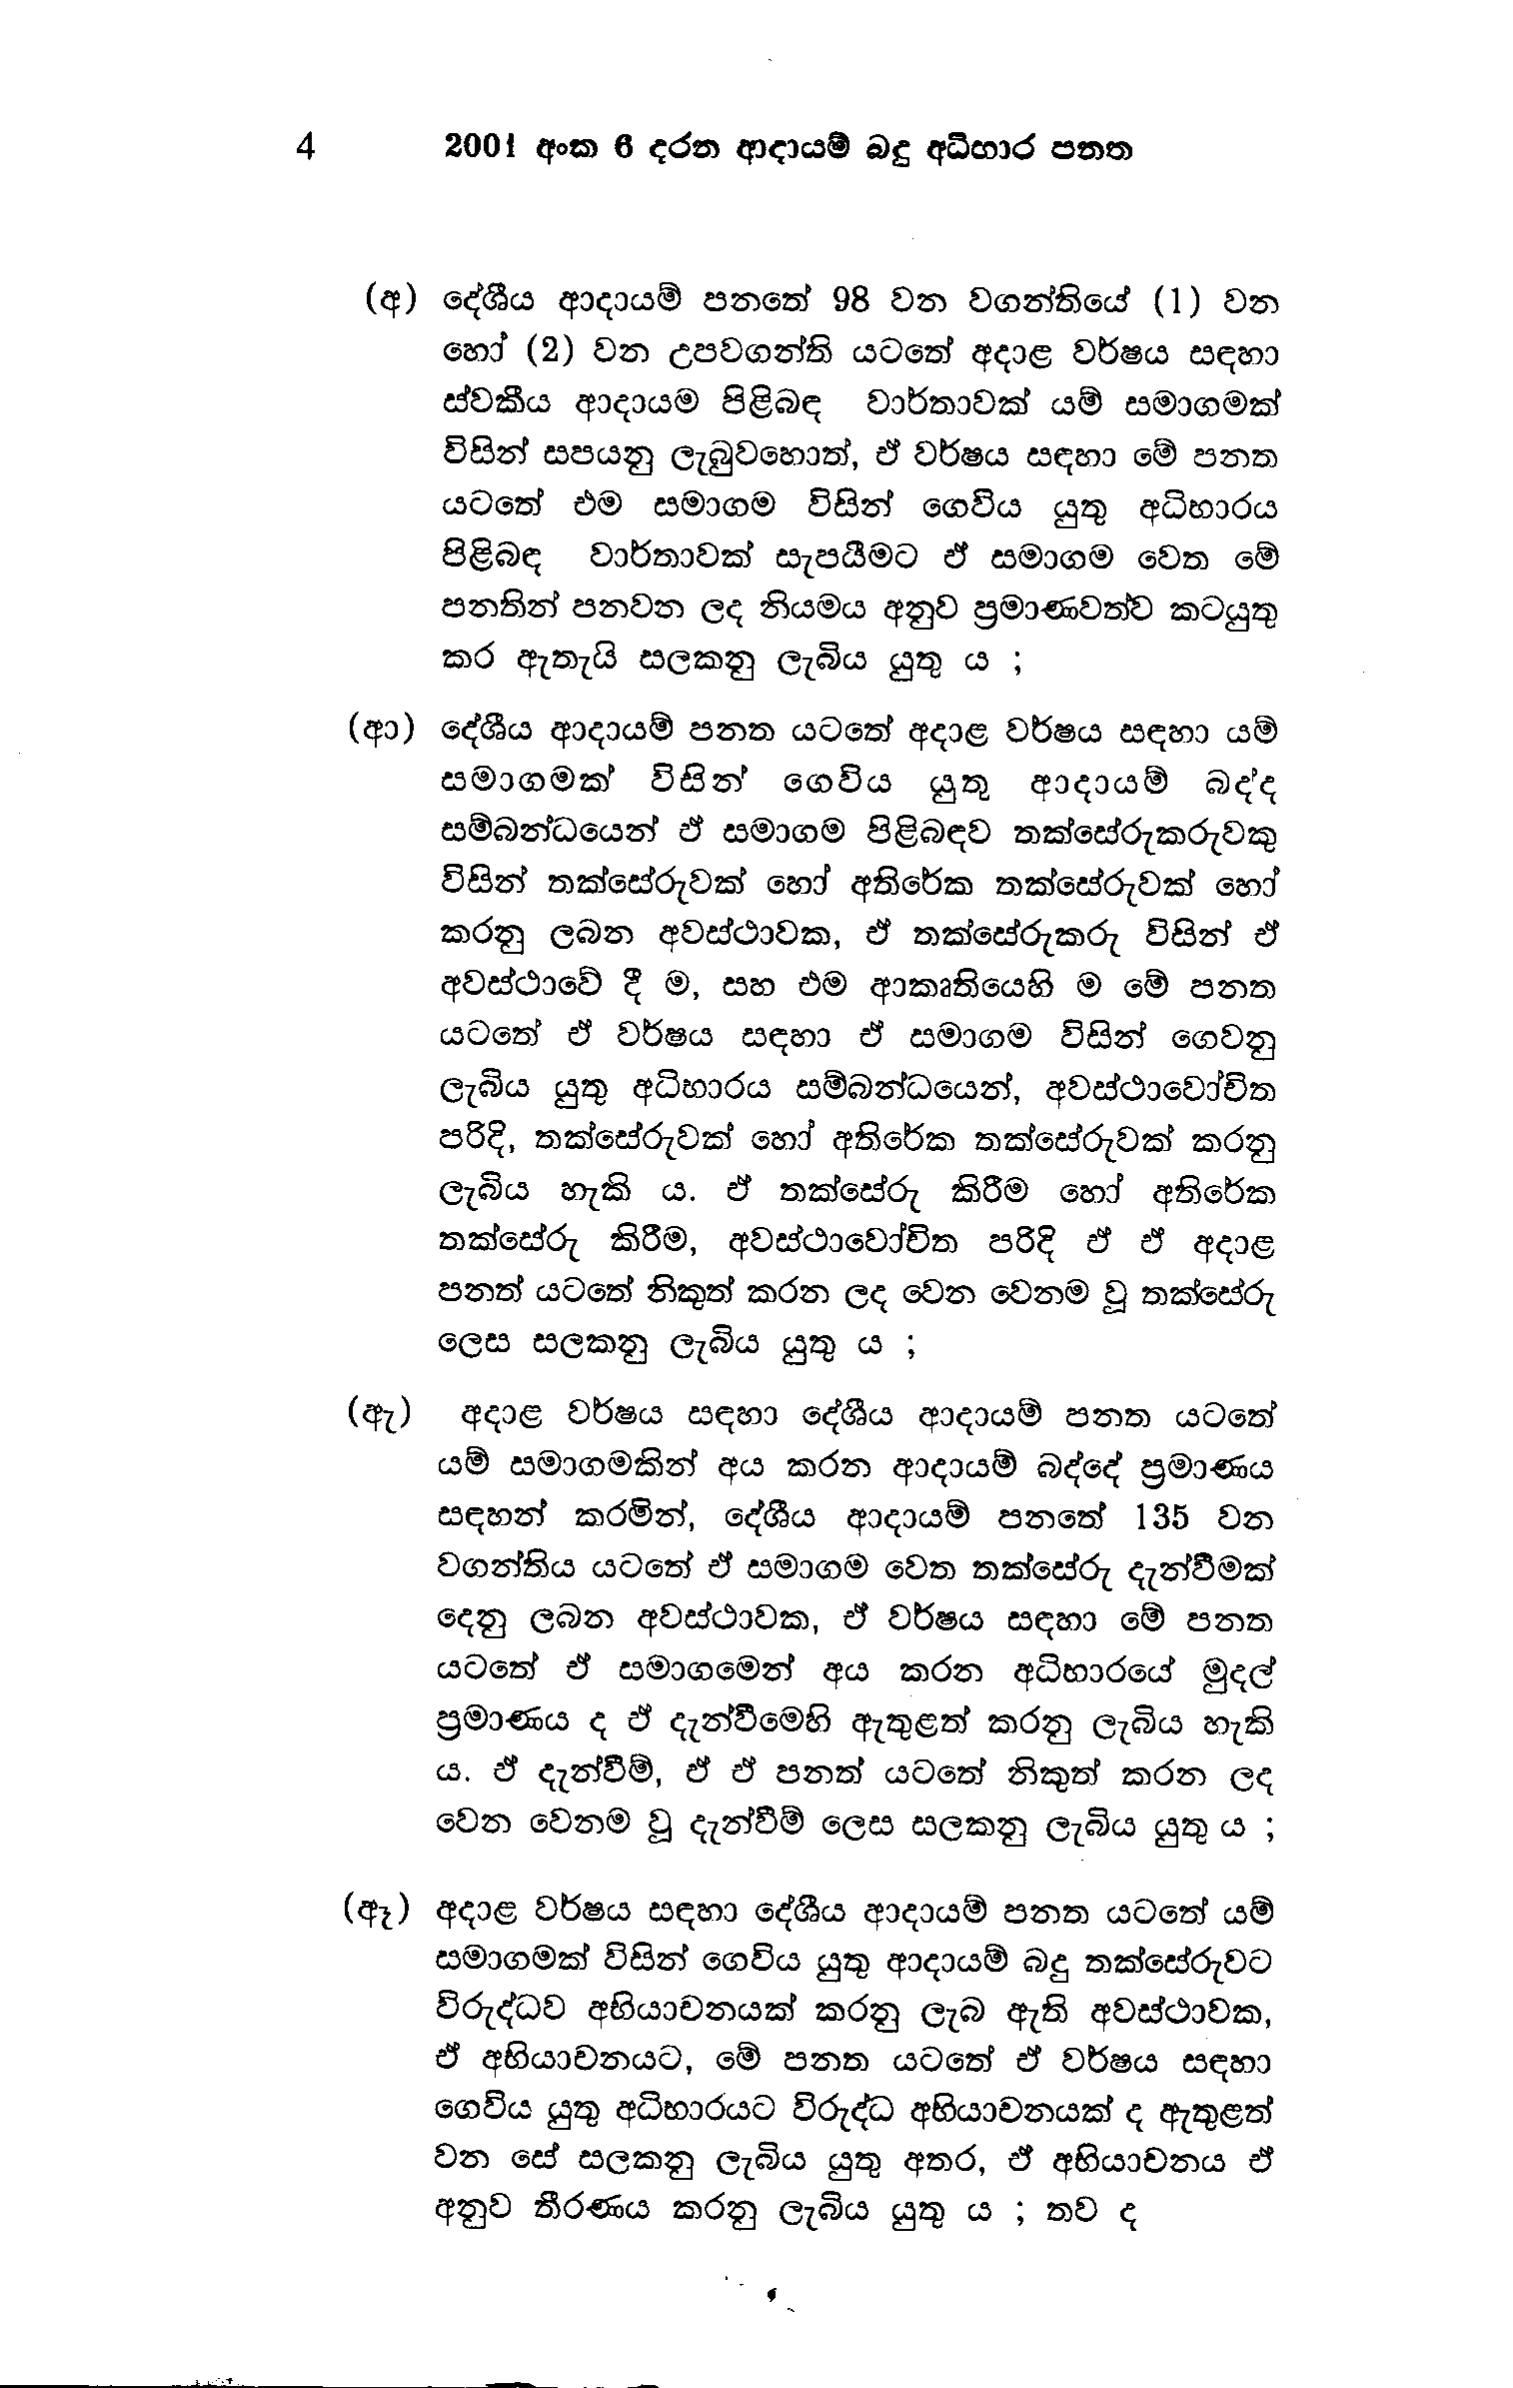
4 2001 අංක 6 දරන ආදායම් බදු අධිභාර පනත

(අ) දේශීය ආදායම් පනතේ 98 වන වගන්තියේ (1) වන
හෝ (2) වන උපවගන්ති යටතේ අදාළ වර්ෂය සඳහා
ස්වකීය ආදායම පිළිබඳ වාර්තාවක් යම් සමාගමක්
විසින් සපයනු ලැබුවහොත්, ඒ වර්ෂය සඳහා මේ පනත
යටතේ එම සමාගම විසින් ගෙවිය යුතු අධිභාරය
පිළිබඳ වාර්තාවක් සැපයීමට ඒ සමාගම වෙත මේ
පනතින් පනවන ලද නියමය අනුව ප්‍රමාණවත්ව කටයුතු
කර ඇතැයි සලකනු ලැබිය යුතු ය ;

(ආ) දේශීය ආදායම් පනත යටතේ අදාළ වර්ෂය සඳහා යම්
සමාගමක් විසින් ගෙවිය යුතු ආදායම් බද්ද
සම්බන්ධයෙන් ඒ සමාගම පිළිබඳව තක්සේරුකරුවකු
විසින් තක්සේරුවක් හෝ අතිරේක තක්සේරුවක් හෝ
කරනු ලබන අවස්ථාවක, ඒ තක්සේරුකරු විසින් ඒ
අවස්ථාවේ දී ම, සහ එම ආකෘතියෙහි ම මේ පනත
යටතේ ඒ වර්ෂය සඳහා ඒ සමාගම විසින් ගෙවනු
ලැබිය යුතු අධිභාරය සම්බන්ධයෙන්, අවස්ථාවෝචිත
පරිදි, තක්සේරුවක් හෝ අතිරේක තක්සේරුවක් කරනු
ලැබිය හැකි ය. ඒ තක්සේරු කිරීම හෝ අතිරේක
තක්සේරු කිරීම, අවස්ථාවෝචිත පරිදි ඒ ඒ අදාළ
පනත් යටතේ නිකුත් කරන ලද වෙන වෙනම වූ තක්සේරු
ලෙස සලකනු ලැබිය යුතු ය ;

(ඇ) අදාළ වර්ෂය සඳහා දේශීය ආදායම් පනත යටතේ
යම් සමාගමකින් අය කරන ආදායම් බද්දේ ප්‍රමාණය
සඳහන් කරමින්, දේශීය ආදායම් පනතේ 135 වන
වගන්තිය යටතේ ඒ සමාගම වෙත තක්සේරු දැන්වීමක්
දෙනු ලබන අවස්ථාවක, ඒ වර්ෂය සඳහා මේ පනත
යටතේ ඒ සමාගමෙන් අය කරන අධිහාරයේ මුදල්
ප්‍රමාණය ද ඵ් දැන්වීමෙහි ඇතුළත් කරනු ලැබිය හැකි
ය. ඒ දැන්වීම්, ඒ ඒ පනත් යටතේ නිකුත් කරන ලද
වෙන වෙනම වූ දැන්වීම් ලෙස සලකනු ලැබිය යුතු ය ;

(ඈ) අදාළ වර්ෂය සඳහා දේශීය ආදායම් පනත යටතේ යම්
සමාගමක් විසින් ගෙවිය යුතු ආදායම් බදු තක්සේරුවට
විරුද්ධව අභියාචනයක් කරනු ලැබ ඇති අවස්ථාවක,
ඒ අභියාචනයට, මේ පනත යටතේ ඒ වර්ෂය සඳහා
ගෙවිය යුතු අධිභාරයට විරුද්ධ අභියාචනයක් ද ඇතුළත්
වන සේ සලකනු ලැබිය යුතු අතර, ඒ අභියාචනය ඒ
අනුව තීරණය කරනු ලැබිය යුතු ය ; තව ද